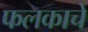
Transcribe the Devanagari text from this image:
फलकाचे